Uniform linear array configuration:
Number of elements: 24
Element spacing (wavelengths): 0.75
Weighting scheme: exponential
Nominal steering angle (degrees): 15
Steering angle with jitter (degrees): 13.116
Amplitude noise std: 0.05
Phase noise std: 0.05

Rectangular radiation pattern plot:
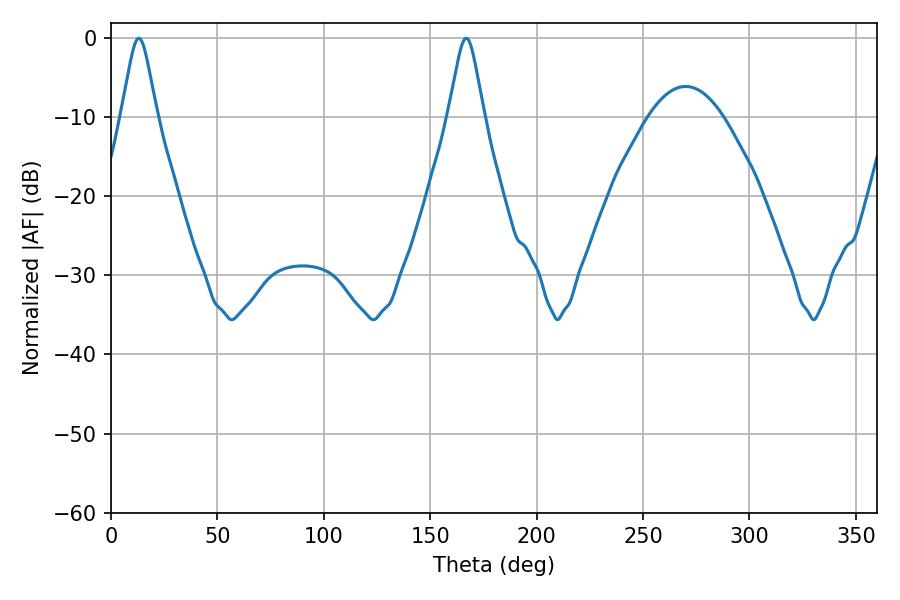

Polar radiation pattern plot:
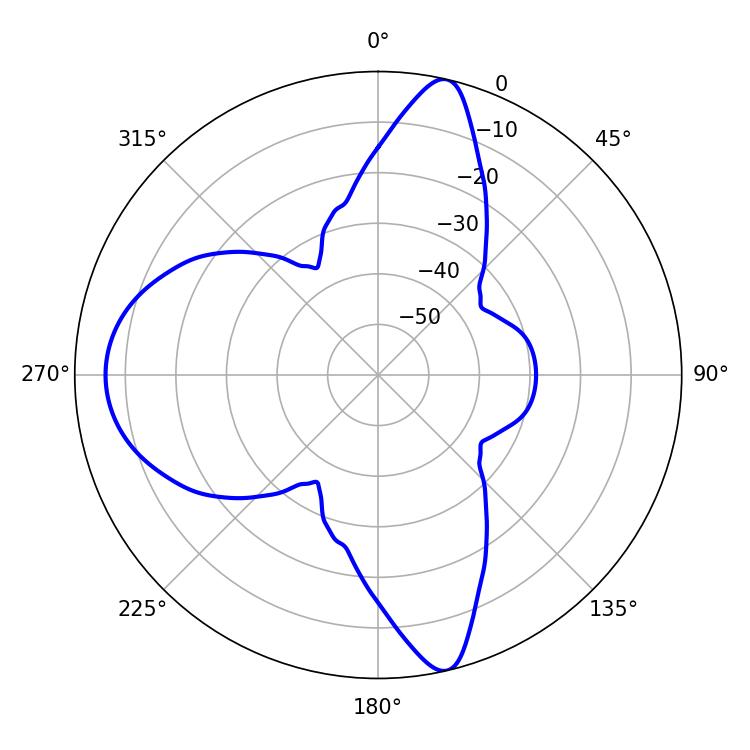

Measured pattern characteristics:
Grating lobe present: TRUE
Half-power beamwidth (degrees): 7.92
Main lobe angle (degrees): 13.14